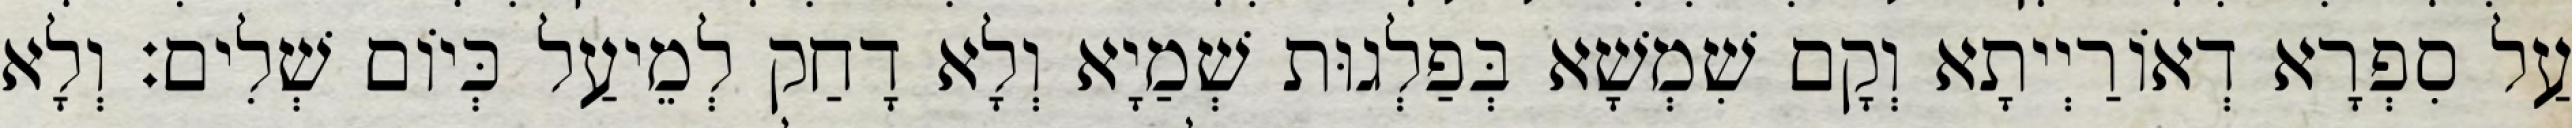
עַל סִפְרָא דְאוֹרַיְיתָא וְקָם שִׁמְשָׁא בְּפַלְגוּת שְׁמַיָא וְלָא דָחַק לְמֵיעַל כְּיוֹם שְׁלִים׃ וְלָא